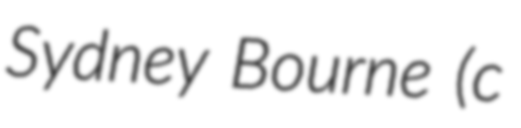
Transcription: Sydney Bourne (c